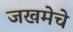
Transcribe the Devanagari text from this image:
जखमेचे